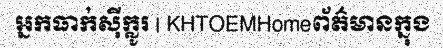
អ្នកធាក់ស៊ីក្លូរ | KHTOEMHomeព័ត៌មានក្នុង